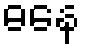
ဓနေ